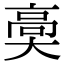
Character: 䯨